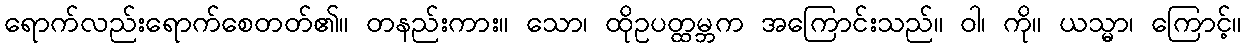
ရောက်လည်းရောက်စေတတ်၏။ တနည်းကား။ သော၊ ထိုဥပတ္ထမ္ဘက အကြောင်းသည်။ ဝါ၊ ကို။ ယသ္မာ၊ ကြောင့်။